Annual report on the working of the lock hospitals in the North-Western Provinces and Oudh
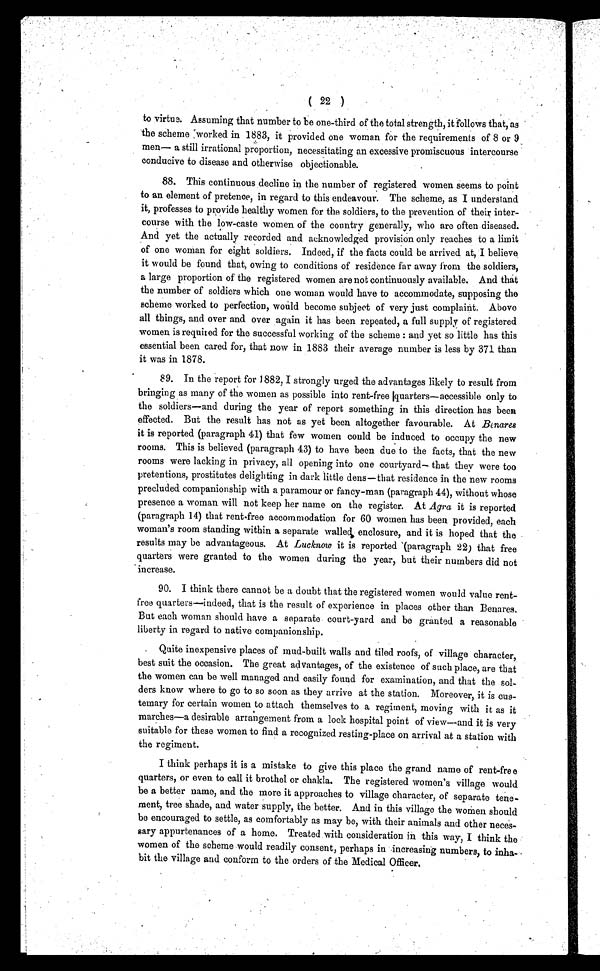
( 22 )
to virtue. Assuming that number to be one-third of the total strength, it follows that, as
the scheme worked in 1883, it provided one woman for the requirements of 8 or 9
men— a still irrational proportion, necessitating an excessive promiscuous intercourse
conducive to disease and otherwise objectionable.
88. This continuous decline in the number of registered women seems to point
to an element of pretence, in regard to this endeavour. The scheme, as I understand
it, professes to provide healthy women for the soldiers, to the prevention of their inter-
course with the low-caste women of the country generally, who are often diseased.
And yet the actually recorded and acknowledged provision only reaches to a limit
of one woman for eight soldiers. Indeed, if the facts could be arrived at, I believe
it would be found that, owing to conditions of residence far away from the soldiers,
a large proportion of the registered women are not continuously available. And that
the number of soldiers which one woman would have to accommodate, supposing the
scheme worked to perfection, would become subject of very just complaint. Above
all things, and over and over again it has been repeated, a full supply of registered
women is required for the successful working of the scheme : and yet so little has this
essential been cared for, that now in 1883 their average number is less by 371 than
it was in 1878.
89. In the report for 1882, I strongly urged the advantages likely to result from
bringing as many of the women as possible into rent-free lquarters—accessible only to
the soldiers—and during the year of report something in this direction has been
effected. But the result has not as yet been altogether favourable. At Benares
it is reported (paragraph 41) that few women could be induced to occupy the new
rooms. This is believed (paragraph 43) to have been due to the facts, that the new
rooms were lacking in privacy, all opening into one courtyard— that they were too
pretentious, prostitutes delighting in dark little dens—that residence in the new rooms
precluded companionship with a paramour or fancy-man (paragraph 44), without whose
presence a woman will not keep her name on the register. At Agra it is reported
(paragraph 14) that rent-free accommodation for 60 women has been provided, each
woman's room standing within a separate walled enclosure, and it is hoped that the
results may be advantageous. At Lucknow it is reported (paragraph 22) that free
quarters were granted to the women during the year, but their numbers did not
increase.
90. I think there cannot be a doubt that the registered women would value rent-
free quarters—indeed, that is the result of experience in places other than Benares.
But each woman should have a separate court-yard and be granted a reasonable
liberty in regard to native companionship.
Quite inexpensive places of mud-built walls and tiled roofs, of village character,
best suit the occasion. The great advantages, of the existence of such place, are that
the women can be well managed and easily found for examination, and that the sol-
ders know where to go to so soon as they arrive at the station. Moreover, it is
cus-temary for certain women to attach themselves to a regiment, moving with it as it
marches—a desirable arrangement from a lock hospital point of view—and it is very
suitable for these women to find a recognized resting-place on arrival at a station with
the regiment.
I think perhaps it is a mistake to give this place the grand name of rent-free
quarters, or even to call it brothel or chakla. The registered women's village would
be a better name, and the more it approaches to village character, of separate tene-
ment, tree shade, and water supply, the better. And in this village the women should
be encouraged to settle, as comfortably as may be, with their animals and other neces-
sary appurtenances of a home. Treated with consideration in this way, I think the
women of the scheme would readily consent, perhaps in increasing numbers, to inha-
bit the village and conform to the orders of the Medical Officer.